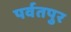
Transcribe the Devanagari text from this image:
पर्वतपुर